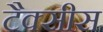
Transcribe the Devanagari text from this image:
टैक्सीस